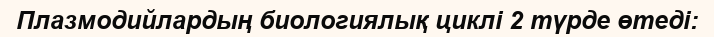
Плазмодийлардың биологиялық циклі 2 түрде өтеді: